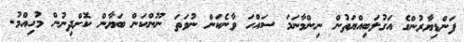
ފަންޑިޔާރުންގެ އަގުލަބިއްޔަތުން ނިންމާނަމަ ސައްހަ ވާނެކަން ނުވަތަ ނޫންކަން ބަޔާން ކޮށްދިނުން މުހިއްމު.